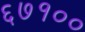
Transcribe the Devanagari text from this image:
६७१००